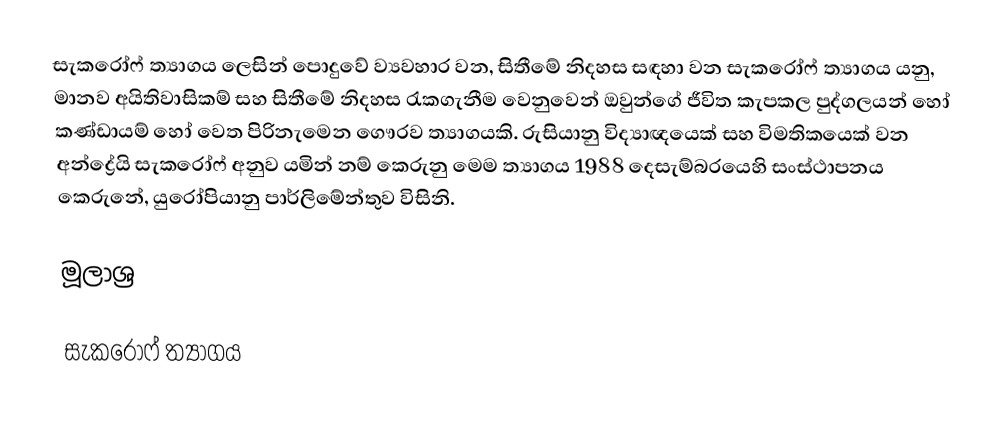
සැකරෝෆ් ත්‍යාගය ලෙසින් පොදුවේ ව්‍යවහාර වන,  සිතීමේ නිදහස සඳහා වන සැකරෝෆ් ත්‍යාගය යනු, මානව අයිතිවාසිකම් සහ සිතීමේ නිදහස රැකගැනීම වෙනුවෙන් ඔවුන්ගේ ජීවිත කැපකල පුද්ගලයන් හෝ කණ්ඩායම් හෝ වෙත පිරිනැමෙන ගෞරව ත්‍යාගයකි. රුසියානු විද්‍යාඥයෙක් සහ විමතිකයෙක් වන අන්ද්‍රේයි සැකරෝෆ් අනුව යමින් නම් කෙරුනු මෙම ත්‍යාගය 1988 දෙසැම්බරයෙහි සංස්ථාපනය කෙරුනේ, යුරෝපියානු පාර්ලිමේන්තුව විසිනි.

මූලාශ්‍ර

සැකරෝෆ් ත්‍යාගය